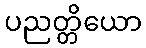
ပညတ္တိယော